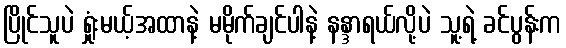
ပြိုင်သူပဲ ရှုံးမယ့်အထာနဲ့ မမိုက်ချင်ပါနဲ့ နန္ဒာရယ်လို့ပဲ သူ့ရဲ့ ခင်ပွန်းက